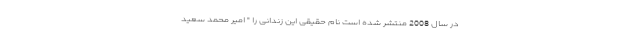
در سال 2008 منتشر شده است نام حقیقی این زندانی را " امیر محمد سعید